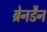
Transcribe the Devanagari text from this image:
ब्रेनडैन